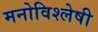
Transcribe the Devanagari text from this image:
मनोविश्लेषी